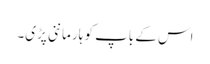
اس کے باپ کو ہار ماننی پڑی۔